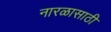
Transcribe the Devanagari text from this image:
नारळासाठी